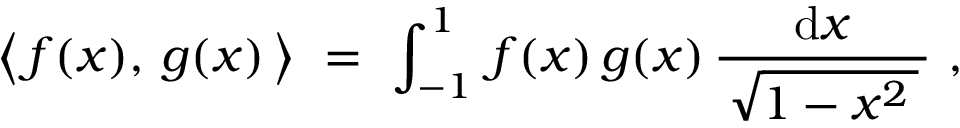
{ \bigl \langle } \, f ( x ) , \, g ( x ) \, { \bigr \rangle } ~ = ~ \int _ { - 1 } ^ { 1 } \, f ( x ) \, g ( x ) \, { \frac { \mathrm { d } x } { \, { \sqrt { 1 - x ^ { 2 } \, } } \, } } ~ ,